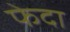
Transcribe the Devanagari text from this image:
फेदा